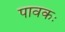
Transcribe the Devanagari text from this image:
पावकः